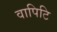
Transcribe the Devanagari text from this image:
वापिटि